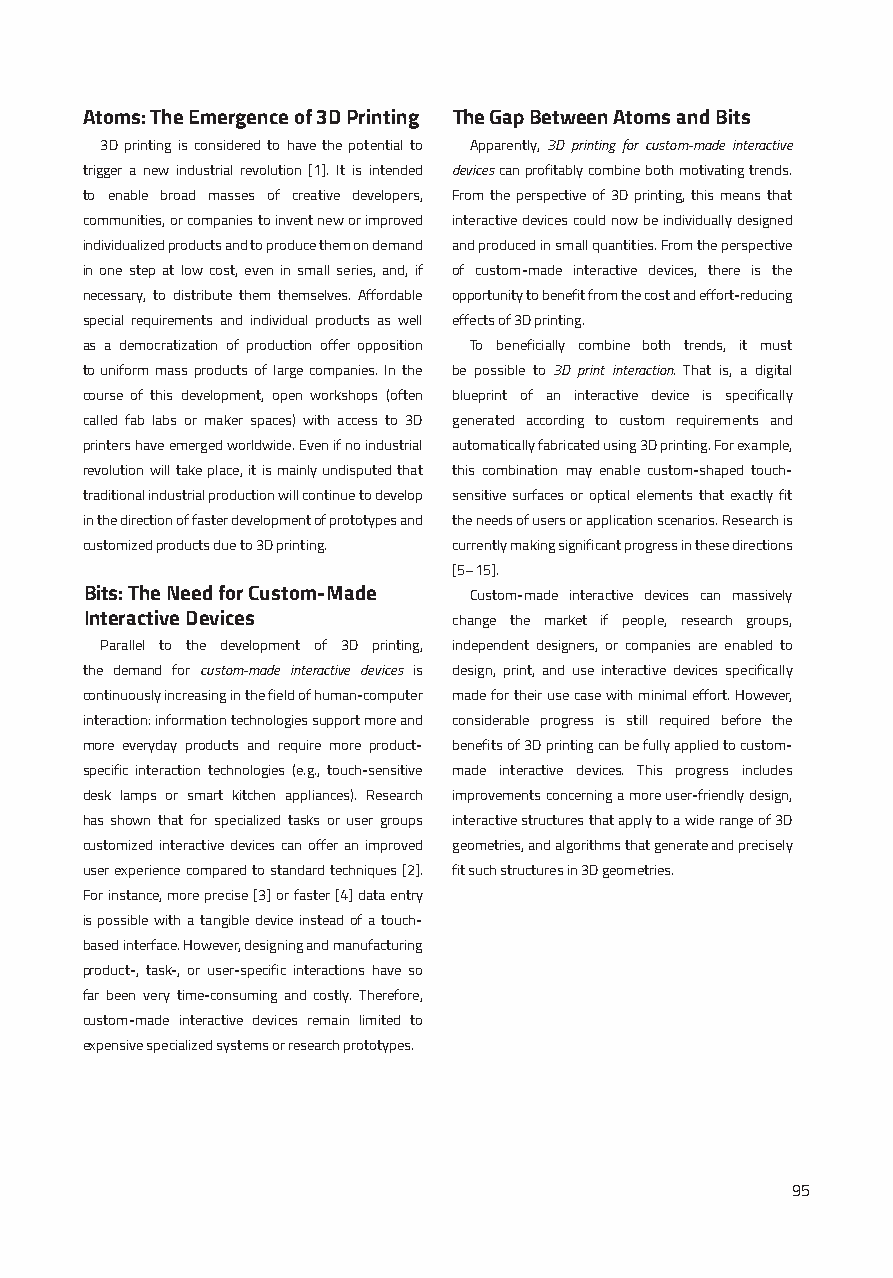
Atoms: The Emergence of 3D Printing The Gap Between Atoms and Bits
 3D printing is considered to have the potential to Apparently, 3D printing for custom-made interactive
 trigger a new industrial revolution [1]. It is intended devices can profitably combine both motivating trends.
 to enable broad masses of creative developers, From the perspective of 3D printing, this means that
 communities, or companies to invent new or improved interactive devices could now be individually designed
 individualized products and to produce them on demand and produced in small quantities. From the perspective
 in one step at low cost, even in small series, and, if of custom-made interactive devices, there is the
 necessary, to distribute them themselves. Affordable opportunity to benefit from the cost and effort-reducing
 special requirements and individual products as well effects of 3D printing.
 as a democratization of production offer opposition To beneficially combine both trends, it must
 to uniform mass products of large companies. In the be possible to 3D print interaction. That is, a digital
 course of this development, open workshops (often blueprint of an interactive device is specifically
 called fab labs or maker spaces) with access to 3D generated according to custom requirements and
 printers have emerged worldwide. Even if no industrial automatically fabricated using 3D printing. For example,
 revolution will take place, it is mainly undisputed that this combination may enable custom-shaped touch-
 traditional industrial production will continue to develop sensitive surfaces or optical elements that exactly fit
 in the direction of faster development of prototypes and the needs of users or application scenarios. Research is
 customized products due to 3D printing. currently making significant progress in these directions
 [5–15].
 Bits: The Need for Custom-Made Custom-made interactive devices can massively
 Interactive Devices     change the market if people, research groups,
 Parallel to the development of 3D printing, independent designers, or companies are enabled to
 the demand for custom-made interactive devices is design, print, and use interactive devices specifically
 continuously increasing in the field of human-computer made for their use case with minimal effort. However,
 interaction: information technologies support more and considerable progress is still required before the
 more everyday products and require more product- benefits of 3D printing can be fully applied to custom-
 specific interaction technologies (e.g., touch-sensitive made interactive devices. This progress includes
 desk lamps or smart kitchen appliances). Research improvements concerning a more user-friendly design,
 has shown that for specialized tasks or user groups interactive structures that apply to a wide range of 3D
 customized interactive devices can offer an improved geometries, and algorithms that generate and precisely
 user experience compared to standard techniques [2]. fit such structures in 3D geometries.
 For instance, more precise [3] or faster [4] data entry
 is possible with a tangible device instead of a touch-
 based interface. However, designing and manufacturing
 product-, task-, or user-specific interactions have so
 far been very time-consuming and costly. Therefore,
 custom-made interactive devices remain limited to
 expensive specialized systems or research prototypes.
 95